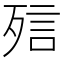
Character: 𣨌